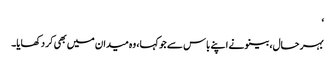
‘
بہر حال، بینو نے اپنے باس سے جو کہا، وہ میدان میں بھی کر دکھایا۔